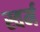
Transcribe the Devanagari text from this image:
स्वर्म